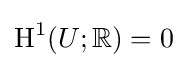
\operatorname {H} ^{1}(U;\mathbb {R} )=0